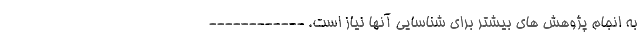
به انجام پژوهش های بیشتر برای شناسایی آنها نیاز است. ------------